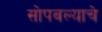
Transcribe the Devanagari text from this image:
सोपवल्याचे